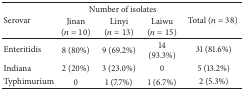
<table><thead><tr><td rowspan="2"><b>Serovar</b></td><td colspan="3"><b> Number of isolates</b></td><td rowspan="2"><b>Total (<i>n</i> = 38) </b></td></tr><tr><td><b>Jinan(<i>n</i> = 10)</b></td><td><b>Linyi(<i>n</i> = 13)</b></td><td><b>Laiwu(<i>n</i> = 15)</b></td></tr></thead><tbody><tr><td>Enteritidis</td><td>8 (80%)</td><td>9 (69.2%)</td><td>14 (93.3%)</td><td>31 (81.6%)</td></tr><tr><td>Indiana</td><td>2 (20%)</td><td>3 (23.0%)</td><td>0</td><td>5 (13.2%)</td></tr><tr><td>Typhimurium</td><td>0</td><td>1 (7.7%)</td><td>1 (6.7%)</td><td>2 (5.3%)</td></tr></tbody></table>